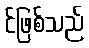
င်ဖြစ်သည်